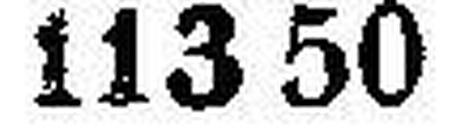
113 50